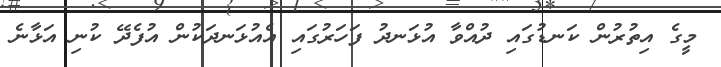
މީގެ އިތުރުން ކަނޑުގައި ދުއްވާ އުޅަނދު ފަހަރުގައި އެއުޅަނދަކުން އުފެދޭ ކުނި އަޅާނެ